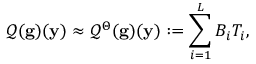
\mathcal { Q } ( \mathbf { g } ) ( \mathbf { y } ) \approx \mathcal { Q } ^ { \Theta } ( \mathbf { g } ) ( \mathbf { y } ) : = \sum _ { i = 1 } ^ { L } B _ { i } T _ { i } ,